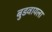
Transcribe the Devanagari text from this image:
बुडवायला